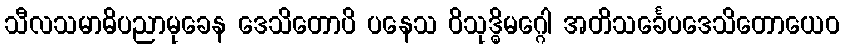
သီလသမာဓိပညာမုခေန ဒေသိတောပိ ပနေသ ဝိသုဒ္ဓိမဂ္ဂေါ အတိသင်္ခေပဒေသိတောယေဝ